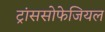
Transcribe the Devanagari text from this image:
ट्रांससोफेजियल